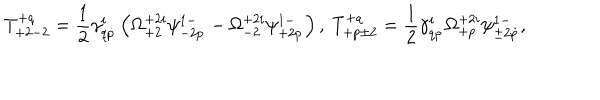
LaTeX: T _ { + 2 - 2 } ^ { + q } = \frac 1 2 \gamma _ { q \dot { p } } ^ { i } \left( \Omega _ { + 2 } ^ { + 2 i } \psi _ { - 2 \dot { p } } ^ { 1 - } - \Omega _ { - 2 } ^ { + 2 i } \psi _ { + 2 \dot { p } } ^ { 1 - } \right) , \ T _ { + p \pm 2 } ^ { + q } = \frac 1 2 \gamma _ { q \dot { p } } ^ { i } \Omega _ { + p } ^ { + 2 i } \psi _ { \pm 2 \dot { p } } ^ { 1 - } ,